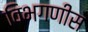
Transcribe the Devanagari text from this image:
विभगणीस